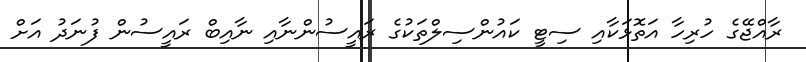
ރާއްޖޭގެ ހުރިހާ އަތޮޅަކާއި ސިޓީ ކައުންސިލްތަކުގެ ރައީސުންނާއި ނާއިބް ރައީސުން ފުނަދު އަށް